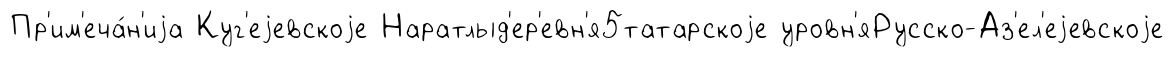
Пр'им'еча́н'иjа Куг'еjевскоjе Наратлыд'ер'евн'я5татарскоjе уровн'яРусско-Аз'ел'еjевскоjе